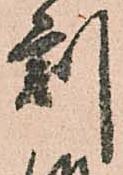
刻